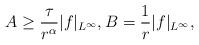
LaTeX: \begin{align*}A\geq\frac{\tau}{r^{\alpha}}|f|_{L^{\infty}}, B=\frac{1}{r}|f|_{L^{\infty}},\end{align*}